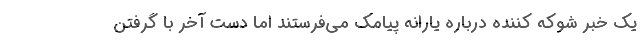
یک خبر شوکه کننده درباره یارانه پیامک می‌فرستند اما دست آخر با گرفتن